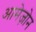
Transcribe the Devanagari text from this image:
आमेज़ोन